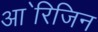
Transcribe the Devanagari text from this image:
आ॓रिजिन